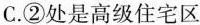
C.②处是高级住宅区